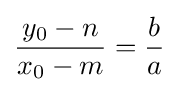
{\frac {y_{0}-n}{x_{0}-m}}={\frac {b}{a}}